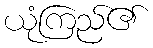
ယုံကြည်၏